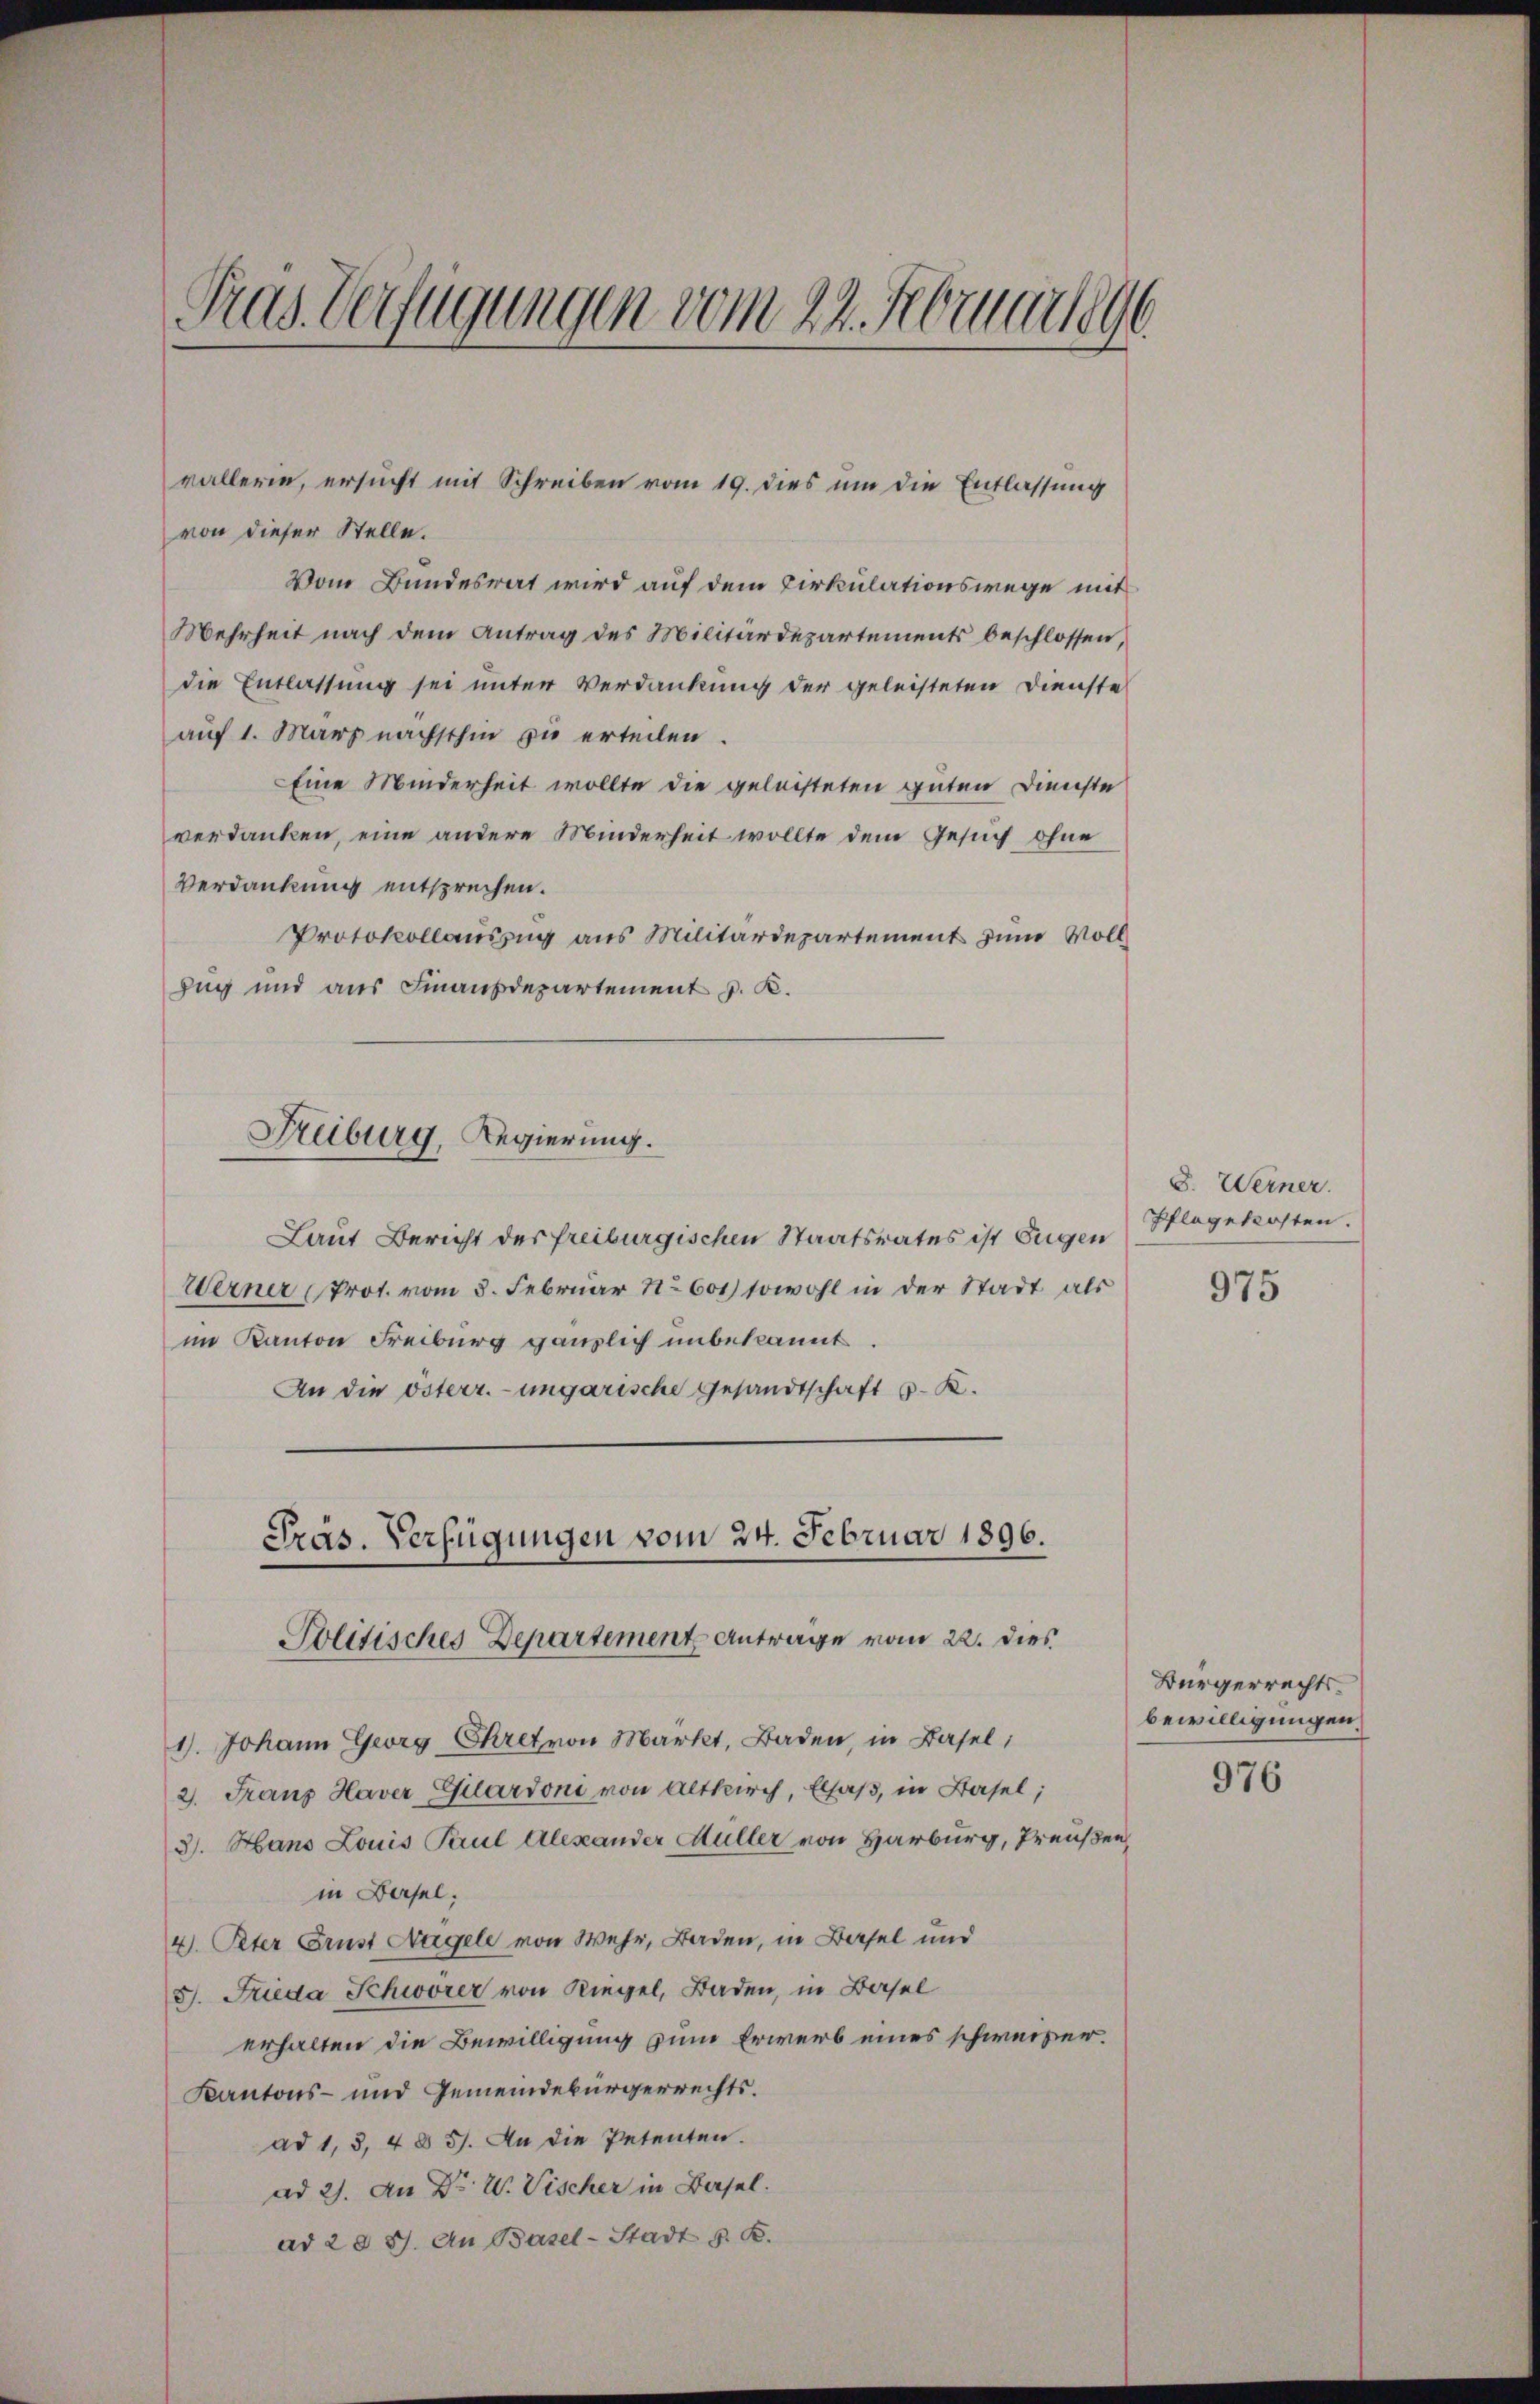
vallerie, ersucht mit Schreiben vom 19. dies um die Entlassung
von dieser Stelle.
Vom Bundesrat wird auf dem Cirkulationswege mit
Mehrheit nach dem Antrag des Militärdepartements beschlossen,
die Entlassung sei unter Verdankung der geleisteten Dienste
auf 1. März nächsthin zu erteilen.
Eine Minderheit wollte die geleisteten guten Dienste
verdanken, eine andere Minderheit wollte dem Gesuch ohne
Verdankung entsprechen.
Protokollauszug aus Militärdepartement zum Voll¬
Zug und aus Finanzdepartement p. K.
Laut Bericht der freiburgischen Staatsrates ist Eugen
Werner (Prot. vom 3. Februar 1601) sowohl in der Stadt als
im Kanton Freiburg gänzlich unbekannt
An die österr.-ungarische Gesandtschaft v. K.
Präs. Verfügungen vom 24. Februar 1896.
Politisches Departement Antrage vom 22. dies
1). Johann Georg-Chret von Markt, Baden, in Basel,
2. Franz Haver Gilardoni von Altkirch, Elsaß, in Basel;
3). Hans Louis Paul Alexander Hüller von Harburg, Preußen,
in Basel:
4. Peter Brust Nagele von Wehr, Baden, in Basel und
S. Frieda Schwörer von Riegel, Baden, in Basel
erhalten die Bewilligung zum Erwerb eines schweizer.
Kantons- und Gemeindebürgerrechts.
ad 1, 3, 4 § 57. An die Petenten.
ad 2. An Dr. W. Vischer in Basel.
ad 2 § 87. An Basel-Stadt S. R.

Tras Verfügungen vom 22. Februar 1896

Freiburg, Regierung.

8. Werner.
Pflegekosten.

975

Bürgerrechts
bewilligungen.

976